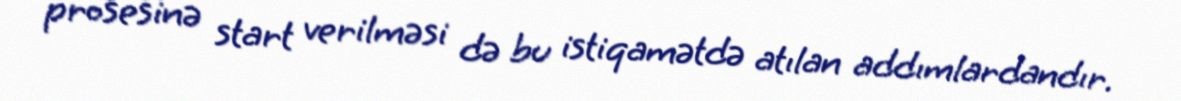
prosesinə start verilməsi də bu istiqamətdə atılan addımlardandır.